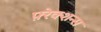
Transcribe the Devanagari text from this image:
फ़्रेक्शन्स